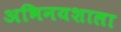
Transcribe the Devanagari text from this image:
अभिनयशाला